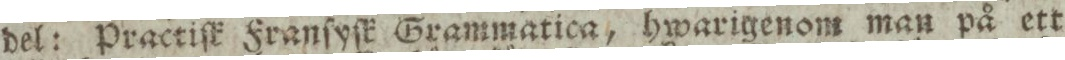
del: Practiſk Franſyſk Grammatica, hwarigenom man på ett